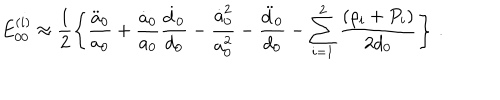
E _ { 0 0 } ^ { ( i ) } \approx \frac { 1 } { 2 } \left\{ \frac { \ddot { a } _ { 0 } } { a _ { 0 } } + \frac { \dot { a } _ { 0 } } { a _ { 0 } } \frac { \dot { d } _ { 0 } } { d _ { 0 } } - \frac { \dot { a } _ { 0 } ^ { 2 } } { a _ { 0 } ^ { 2 } } - \frac { \ddot { d } _ { 0 } } { d _ { 0 } } - \sum _ { i = 1 } ^ { 2 } \frac { ( \rho _ { i } + P _ { i } ) } { 2 d _ { 0 } } \right\} \, .